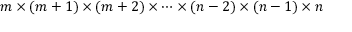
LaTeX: m \times ( m + 1 ) \times ( m + 2 ) \times \cdots \times ( n - 2 ) \times ( n - 1 ) \times n